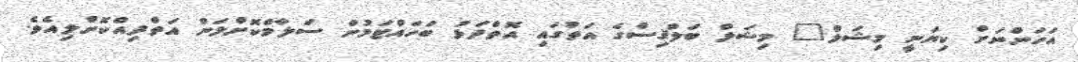
އަހަންނަށް ކިޔަނީ މިޝަލް" މިޝަލް ބަލްޤިސްގެ އަތުގައި އޮތްދަޅު ބަހައްޓަމުން ސަލާމްކޮށްލަން އަތްދިއްކޮށްލިއެވެ.